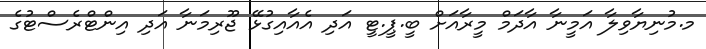
މ.މުނިޔާވިލާ އަމީނާ އާދަމް މީރާއަށް ބީ.ޕީ.ޓީ އަދި އެއާއިގުޅޭ ޖޫރިމަނާ އަދި އިންޓްރެސްޓުގެ